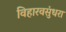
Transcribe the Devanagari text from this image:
विहारवसुंधरा